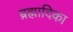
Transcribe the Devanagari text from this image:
ब्रह्मादिका